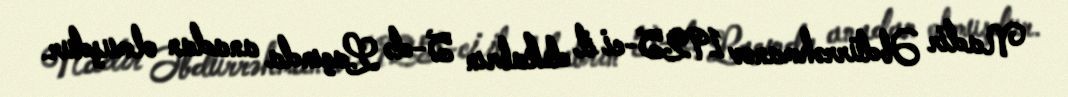
Nadir Əbdürrəhmanov 1925-ci il dekabrın 5-də Laçında anadan olmuşdur.